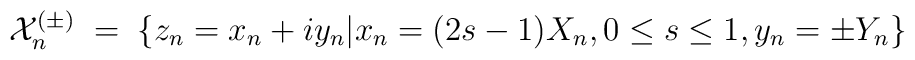
\mathcal{X}_{n}^{(\pm)} \; = \; \bigl\{ z_n = x_n + iy_n\big\vert x_n = (2s-1) X_n, 0 \le s \le 1, y_n = \pm Y_n \bigr\}